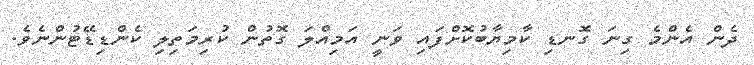
ދެން އެންމެ ގިނަ ގޮނޑި ކާމިޔާބުކޮށްފައި ވަނީ އަމިއްލަ ގޮތުން ކުރިމަތިލި ކެންޑިޑޭޓުންނެވެ.